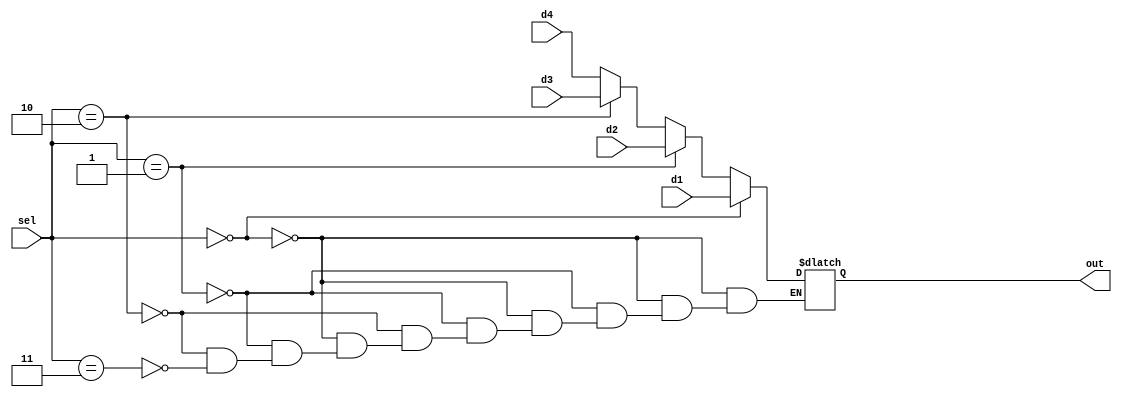
`timescale 1ns / 1ps
//////////////////////////////////////////////////////////////////////////////////
// Company: 
// Engineer: 
// 
// Design Name: 
// Module Name: mux_4_1
// Project Name: 
// Target Devices: 
// Tool Versions: 
// Description: 
// 
// Dependencies: 
// 
// Revision:
// Revision 0.01 - File Created
// Additional Comments:
// 
//////////////////////////////////////////////////////////////////////////////////


module mux_4_1(d1, d2, d3, d4, sel, out);
input d1, d2, d3, d4;
input [1:0] sel;
output reg out;

always@(d1, d2, d3, d4, sel)
begin
    if (sel == 2'b00)
        out = d1;
    else if (sel == 2'b01)
        out = d2;
    else if (sel == 2'b10)
        out = d3;
    else if (sel == 2'b11)
        out = d4;
end

endmodule